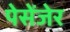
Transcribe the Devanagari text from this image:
पेसेंजेर